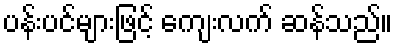
ပန်းပင်များဖြင့် ကျေးလက် ဆန်သည်။